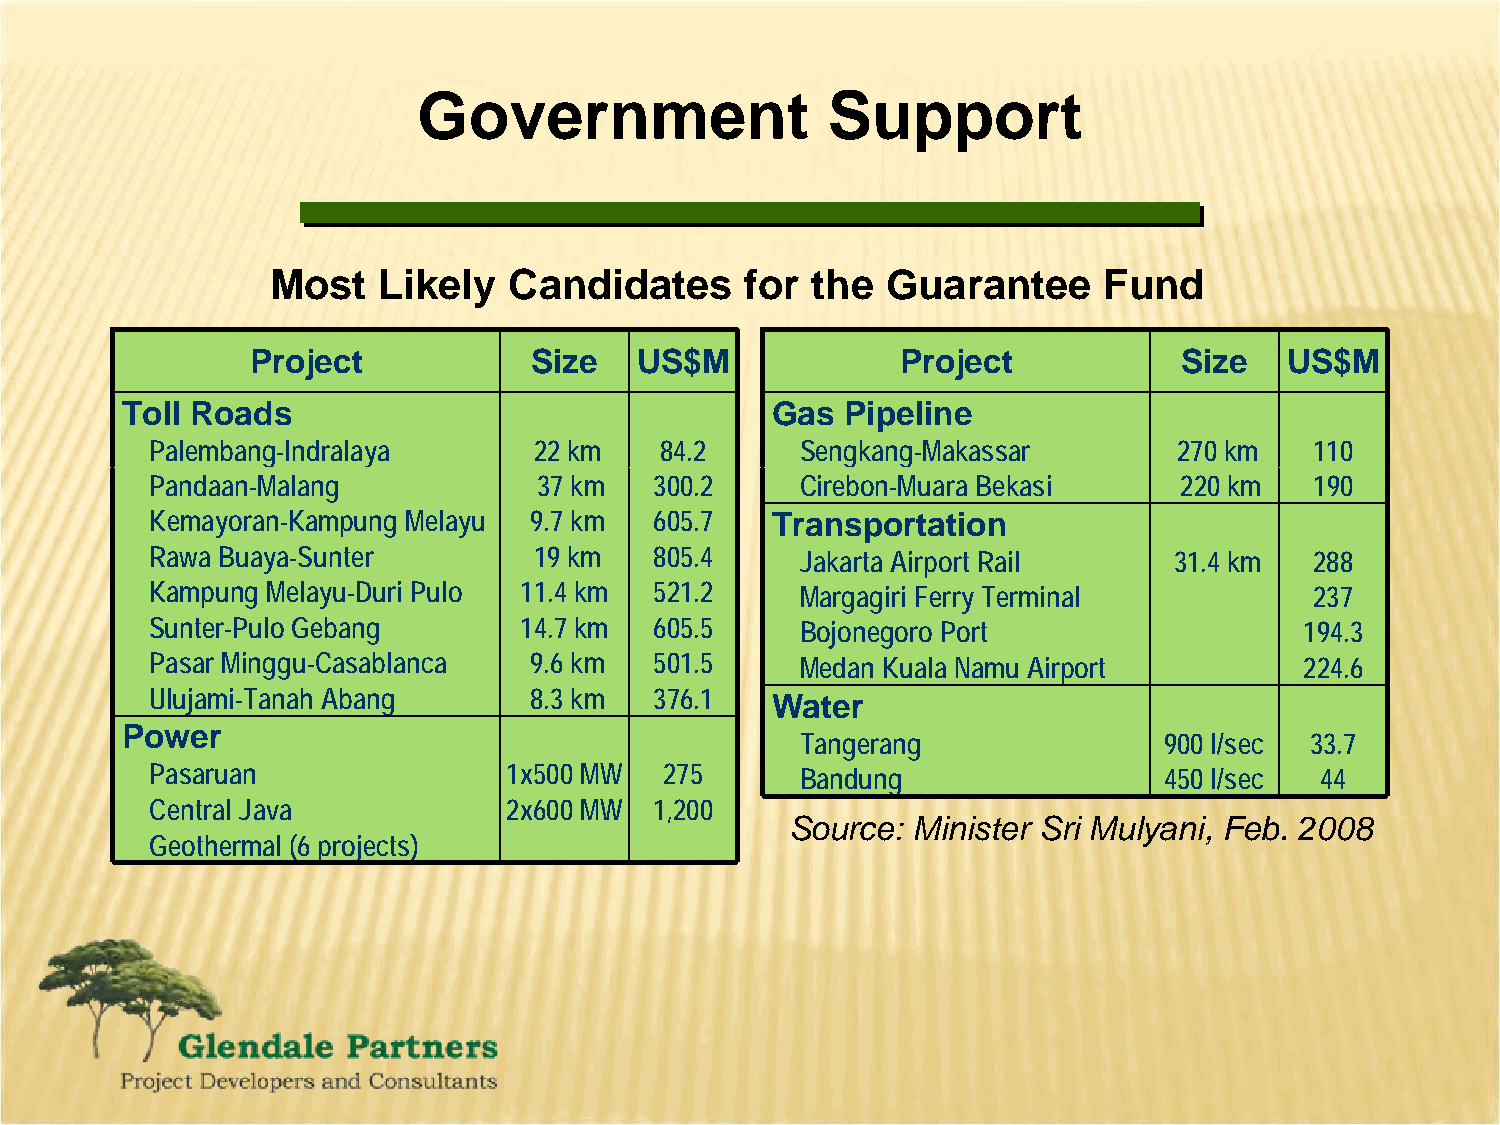
Government                 Support
 Most   Likely   Candidates     for  the  Guarantee     Fund
 Project           Size   US$M              Project           Size   US$M
 Toll Roads                                 Gas  Pipeline
 Palembang-Indralaya      22 km    84.2     Sengkang-Makassar        270 km   110
 Pandaan-Malang            37 km  300.2     Cirebon-Muara Bekasi     220 km   190
 Kemayoran-Kampung Melayu 9.7 km  605.7   Transportation
 Rawa Buaya-Sunter        19 km   805.4     Jakarta Airport Rail     31.4 km  288
 Kampung Melayu-Duri Pulo 11.4 km 521.2     Margagiri Ferry Terminal          237
 Sunter-Pulo Gebang      14.7 km  605.5     Bojonegoro Port                  194.3
 Pasar Minggu-Casablanca  9 . 6 k m 5 0 1 . 5 Medan Kuala Namu Airport       2 2 4 . 6
 Ulujami-Tanah Abang      8.3 km  376.1   Water
 Power
 Tangerang               900 l/sec 33.7
 Pasaruan               1x500 MW   275      Bandung                 450 l/sec 44
 Central Java           2 x 6 0 0 M W 1,200
 Source: Minister Sri Mulyani, Feb. 2008
 Geothermal (6 projects)